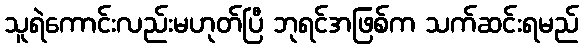
သူရဲကောင်းလည်းမဟုတ်ပြီ ဘုရင်အဖြစ်က သက်ဆင်းရမည်